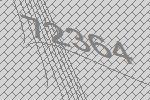
72364